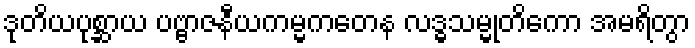
ဒုတိယပုစ္ဆာယ ပဗ္ဗာဇနီယကမ္မကတေန လဒ္ဓသမ္မုတိကော အမရိတွာ